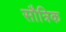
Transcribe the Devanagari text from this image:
सौत्रिक